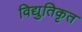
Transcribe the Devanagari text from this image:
विद्युतिकृत